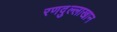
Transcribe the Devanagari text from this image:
रणदुल्लाखान